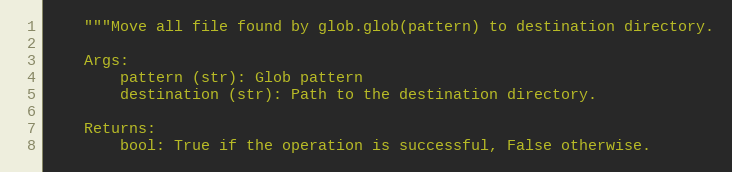
Language: Python
    """Move all file found by glob.glob(pattern) to destination directory.

    Args:
        pattern (str): Glob pattern
        destination (str): Path to the destination directory.

    Returns:
        bool: True if the operation is successful, False otherwise.